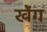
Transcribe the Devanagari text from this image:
खेंग